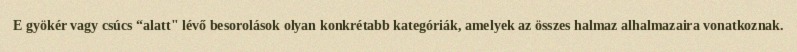
E gyökér vagy csúcs “alatt" lévő besorolások olyan konkrétabb kategóriák, amelyek az összes halmaz alhalmazaira vonatkoznak.